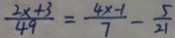
\frac { 2 x + 3 } { 4 9 } = \frac { 4 x - 1 } { 7 } - \frac { 5 } { 2 1 }